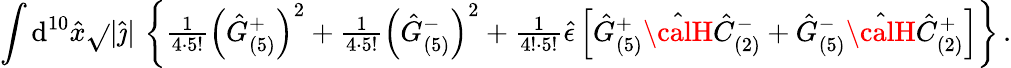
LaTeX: \int\mathrm{d}^{10}\hat{{x}}\sqrt{}{{|\hat{{\jmath}}|}}\, \left\{ {\textstyle\frac{{1}}{{4\cdot5!}}}\left(\hat{{G}}_{(5)}^{+}\right)^{2}+{\textstyle\frac{{1}}{{4\cdot5!}}}\left(\hat{{G}}_{(5)}^{-}\right)^{2}+{\textstyle\frac{{1}}{{4!\cdot5!}}}\hat{{\epsilon}}\left[\hat{{G}}_{(5)}^{+}\hat{{\calH}}\hat{{C}}_{(2)}^{-}+\hat{{G}}_{(5)}^{-}\hat{{\calH}}\hat{{C}}_{(2)}^{+}\right]\right\} \, .